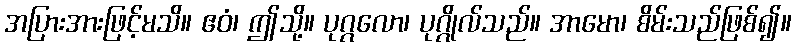
အပြားအားဖြင့်မသိ။ ဧဝံ၊ ဤသို့။ ပုဂ္ဂလော၊ ပုဂ္ဂိုလ်သည်။ အာမော၊ စိမ်းသည်ဖြစ်၍။